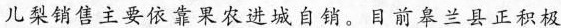
儿梨销售主要依靠果农进城自销。目前皋兰县正积极